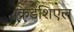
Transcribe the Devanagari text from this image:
क्रिडेंशिएल